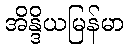
အိန္ဒိယမြန်မာ